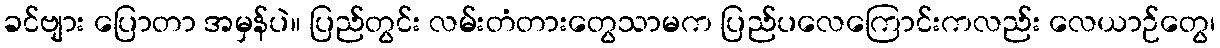
ခင်ဗျား ပြောတာ အမှန်ပဲ။ ပြည်တွင်း လမ်းတံတားတွေသာမက ပြည်ပလေကြောင်းကလည်း လေယာဉ်တွေ၊